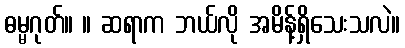
ဓမ္မဂုတ်။ ။ ဆရာက ဘယ်လို အမိန့်ရှိသေးသလဲ။